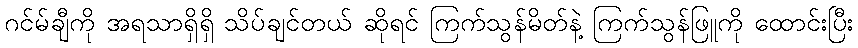
ဂင်မ်ချီကို အရသာရှိရှိ သိပ်ချင်တယ် ဆိုရင် ကြက်သွန်မိတ်နဲ့ ကြက်သွန်ဖြူကို ထောင်းပြီး